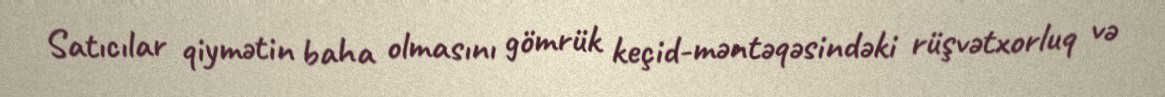
Satıcılar qiymətin baha olmasını gömrük keçid-məntəqəsindəki rüşvətxorluq və